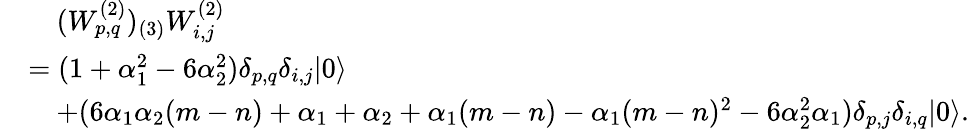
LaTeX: \begin{array}{rl}&{\quad(W_{p,q}^{(2)})_{(3)}W_{i,j}^{(2)}}\\ &{=(1+\alpha_{1}^{2}-6\alpha_{2}^{2})\delta_{p,q}\delta_{i,j}|0\rangle}\\ &{\quad+(6\alpha_{1}\alpha_{2}(m-n)+\alpha_{1}+\alpha_{2}+\alpha_{1}(m-n)-\alpha_{1}(m-n)^{2}-6\alpha_{2}^{2}\alpha_{1})\delta_{p,j}\delta_{i,q}|0\rangle.}\end{array}